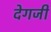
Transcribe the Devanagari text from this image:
देगजी